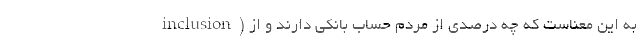
inclusion) به این معناست که چه درصدی از مردم حساب بانکی دارند و از